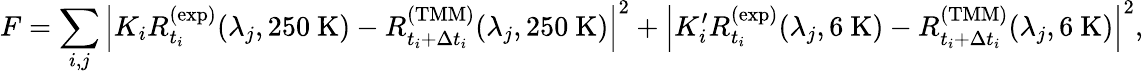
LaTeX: F=\sum_{i,j}\left|K_{i}R_{t_{i}}^{\mathrm{(exp)}}(\lambda_{j},250~\mathrm{K})-R_{t_{i}+\Delta t_{i}}^{\mathrm{(TMM)}}(\lambda_{j},250~\mathrm{K})\right|^{2}+\left|K_{i}^{\prime}R_{t_{i}}^{\mathrm{(exp)}}(\lambda_{j},6~\mathrm{K})-R_{t_{i}+\Delta t_{i}}^{\mathrm{(TMM)}}(\lambda_{j},6~\mathrm{K})\right|^{2},